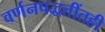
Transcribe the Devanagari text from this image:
वर्णनपद्धतींतही